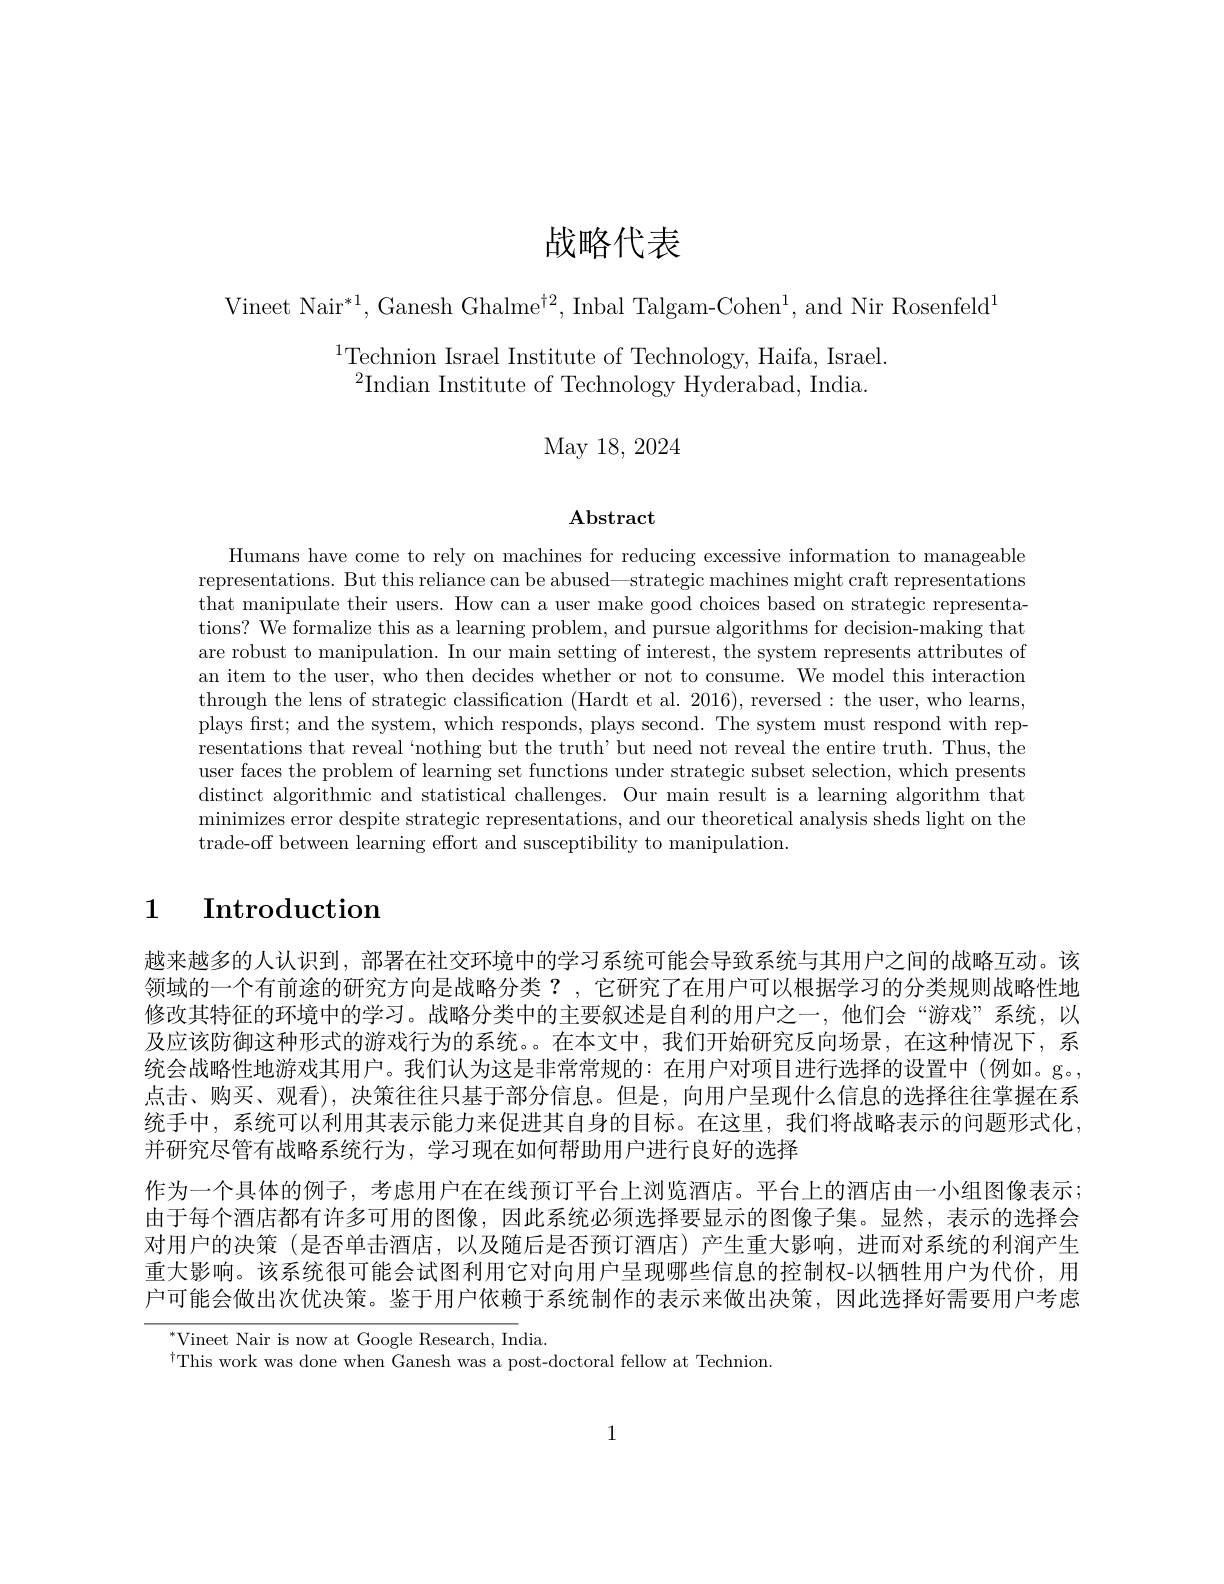
# 战略代表

Vineet Nair$^*1$,Ganesh Ghalme$^\dagger2$,Inbal Talgam-Cohen$^1$,and Nir Rosenfeld$^1$

# $^{1}$Technion Israel Institute of Technology, Haifa, Israel. $^{2}$Indian Institute of Technology Hyderabad, India.

May 18, 2024

## $\mathbf{Abstract}$

Humans have come to rely on machines for reducing excessive information to manageable representations. But this reliance can be abused—strategic machines might craft representations that manipulate their users. How can a user make good choices based on strategic representations? We formalize this as a learning problem, and pursue algorithms for decision-making that are robust to manipulation. In our main setting of interest, the system represents attributes of an item to the user, who then decides whether or not to consume. We model this interaction through the lens of strategic classification (Hardt et al. 2016), reversed: the user, who learns, plays first; and the system, which responds, plays second. The system must respond with representations that reveal `nothing but the truth'but need not reveal the entire truth. Thus, the user faces the problem of learning set functions under strategic subset selection, which presents distinct algorithmic and statistical challenges. Our main result is a learning algorithm that minimizes error despite strategic representations, and our theoretical analysis sheds light on the trade-off between learning effort and susceptibility to manipulation

# 1 $\textbf{Introduction}$

越来越多的人认识到，部署在社交环境中的学习系统可能会导致系统与其用户之间的战略互动。该领域的一个有前途的研究方向是战略分类？,它研究了在用户可以根据学习的分类规则战略性地修改其特征的环境中的学习。战略分类中的主要叙述是自利的用户之一，他们会“游戏”系统，以及应该防御这种形式的游戏行为的系统。在本文中，我们开始研究反向场景，在这种情况下，系统会战略性地游戏其用户。我们认为这是非常常规的：在用户对项目进行选择的设置中(例如。g。, 点击、购买、观看),决策往往只基于部分信息。但是，向用户呈现什么信息的选择往往掌握在系统手中，系统可以利用其表示能力来促进其自身的目标。在这里，我们将战略表示的问题形式化并研究尽管有战略系统行为，学习现在如何帮助用户进行良好的选择
作为一个具体的例子，考虑用户在在线预订平台上浏览酒店。平台上的酒店由一小组图像表示； 由于每个酒店都有许多可用的图像，因此系统必须选择要显示的图像子集。显然，表示的选择会对用户的决策 (是否单击酒店，以及随后是否预订酒店)产生重大影响，进而对系统的利润产生重大影响。该系统很可能会试图利用它对向用户呈现哪些信息的控制权-以牺牲用户为代价，用户可能会做出次优决策。鉴于用户依赖于系统制作的表示来做出决策，因此选择好需要用户考虑
Vineet Nair is now at Google Research, India.

$^{\dagger}$This work was done when Ganesh was a post-doctoral fellow at Technion

1